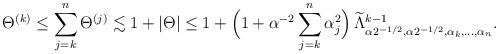
LaTeX: \begin{align*}{\Theta}^{(k)} \leq \sum_{j=k}^n {\Theta}^{(j)} \lesssim 1 + |\Theta|\leq 1 + \Big(1+ \alpha^{-2}\sum_{j=k}^{n} \alpha_j^2 \Big)\,\widetilde{\Lambda}^{k-1}_{\alpha 2^{-1/2}, \alpha 2^{-1/2}, \alpha_k,\dots,\alpha_n}.\end{align*}